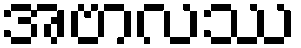
အဗာလဿ